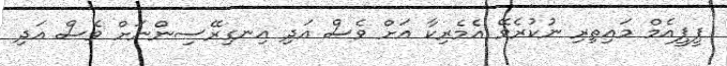
ޕީޕީއެމް މައިތިރި ނުކުރެވޭ އެމެރިކާ އަށް ވެސް އަދި އިނގިރޭސިންނަށް ވެސް އަދި